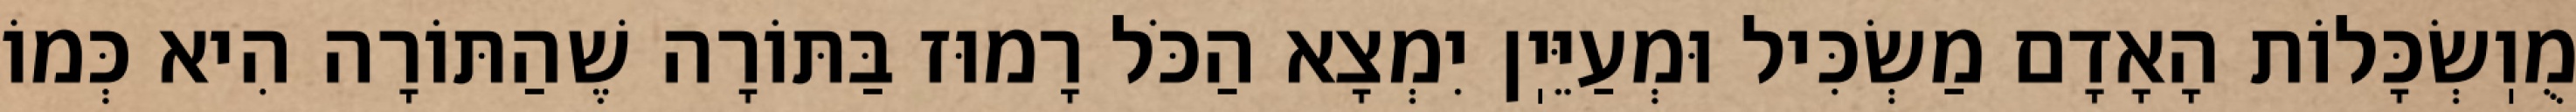
מֻוֽשְׂכָּלוֹת הָאָדָם מַשְׂכִּיל וּמְעַיֵּיֽן יִמְצָא הַכֹּל רָמוּז בַּתּוֹרָה שֶׁהַתּוֹרָה הִיא כְּמוֹ